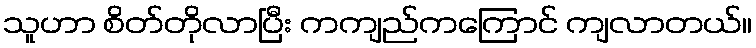
သူဟာ စိတ်တိုလာပြီး ကကျည်ကကြောင် ကျလာတယ်။